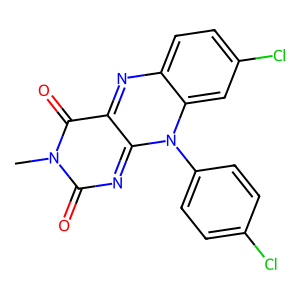
SMILES: Cn1c(=O)nc2n(-c3ccc(Cl)cc3)c3cc(Cl)ccc3nc-2c1=O
Inhibits HIV replication: No